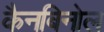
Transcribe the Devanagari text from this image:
कैनबिनोल